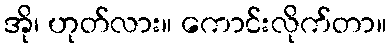
အို၊ ဟုတ်လား။ ကောင်းလိုက်တာ။